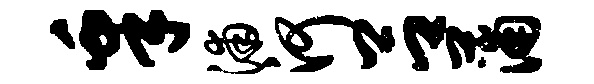
皋浦河吕蒲